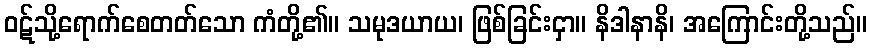
ဝဋ်သို့ရောက်စေတတ်သော ကံတို့၏။ သမုဒယာယ၊ ဖြစ်ခြင်းငှာ။ နိဒါနာနိ၊ အကြောင်းတို့သည်။